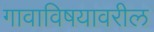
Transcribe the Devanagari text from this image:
गावाविषयावरील